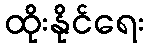
ထိုးနိုင်ရေး